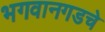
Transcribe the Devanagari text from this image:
भगवानगडचे